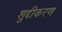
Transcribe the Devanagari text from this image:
शुद्दीकरण